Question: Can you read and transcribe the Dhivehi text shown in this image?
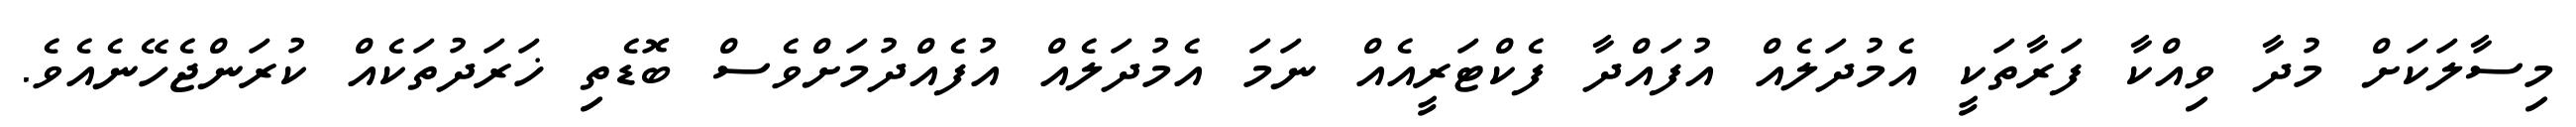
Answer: މިސާލަކަށް މުދާ ވިއްކާ ފަރާތަކީ އެމުދަލެއް އުފައްދާ ފެކްޓަރީއެއް ނަމަ އެމުދަލެއް އުފެއްދުމަށްވެސް ބޮޑެތި ޚަރަދުތަކެއް ކުރަންޖެހޭނެއެވެ.